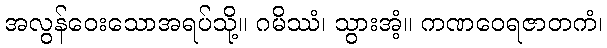
အလွန်ဝေးသောအရပ်သို့။ ဂမိဿံ၊ သွားအံ့။ ကဏဝေရဇာတကံ၊